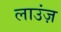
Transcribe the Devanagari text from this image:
लाउंज़